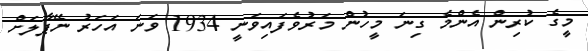
މީގެ ކުރިން އެންމެ ގިނަ މީހުން މަރުވެފައިވަނީ 1934 ވަނަ އަހަރު ނޭޕާލަށް